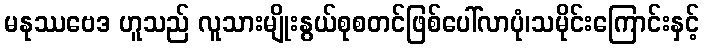
မနုဿဗေဒ ဟူသည် လူသားမျိုးနွယ်စုစတင်ဖြစ်ပေါ်လာပုံ၊သမိုင်းကြောင်းနှင့်